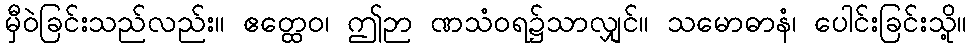
မှီဝဲခြင်းသည်လည်း။ ဧတ္ထေဝ၊ ဤဉာ ဏသံဝရ၌သာလျှင်။ သမောဓာနံ၊ ပေါင်းခြင်းသို့။